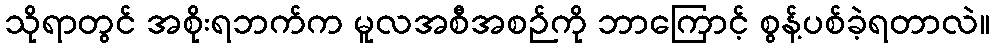
သိုရာတွင် အစိုးရဘက်က မူလအစီအစဉ်ကို ဘာကြောင့် စွန့်ပစ်ခဲ့ရတာလဲ။